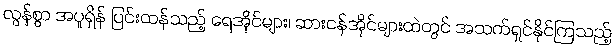
လွန်စွာ အပူရှိန် ပြင်းထန်သည့် ရေအိုင်များ၊ ဆားငန်အိုင်များထဲတွင် အသက်ရှင်နိုင်ကြသည့်